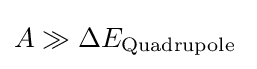
A\gg \Delta E_{\text{Quadrupole }}